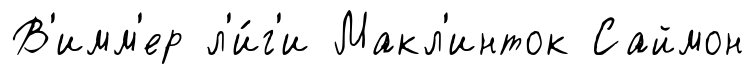
В'имм'ер л'и́г'и Макл'инток Саймон